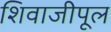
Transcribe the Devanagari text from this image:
शिवाजीपूल